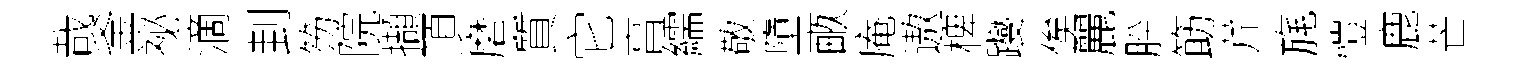
哉釜祕滴刲笏院擷頂磨質它亯繻敬墮畞庵遨椑躞俟麗肸筯芹旄愷鹿芒